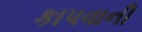
કાપવાની